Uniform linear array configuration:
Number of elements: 24
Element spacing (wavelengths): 1
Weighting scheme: hann
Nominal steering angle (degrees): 15
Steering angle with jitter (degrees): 13.771
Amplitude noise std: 0.05
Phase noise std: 0.05

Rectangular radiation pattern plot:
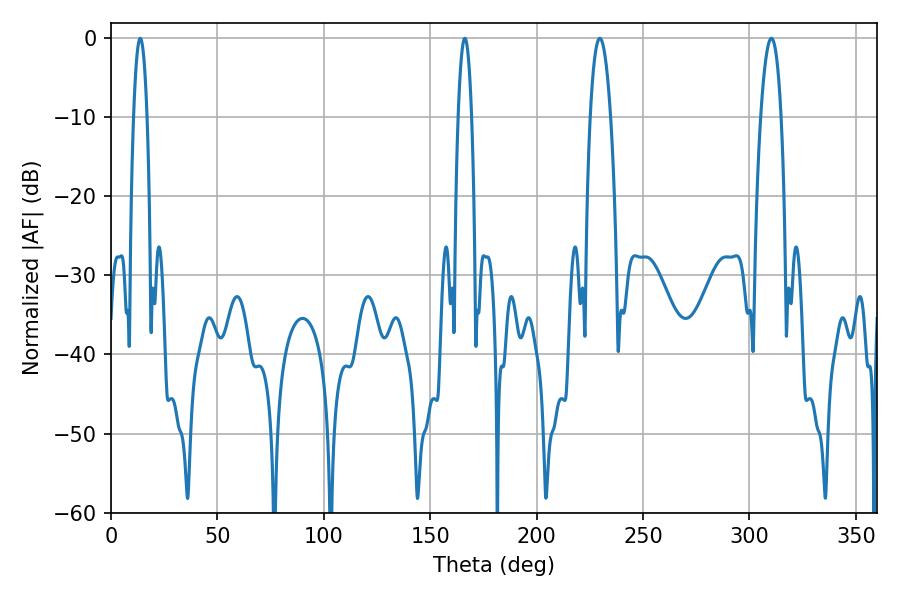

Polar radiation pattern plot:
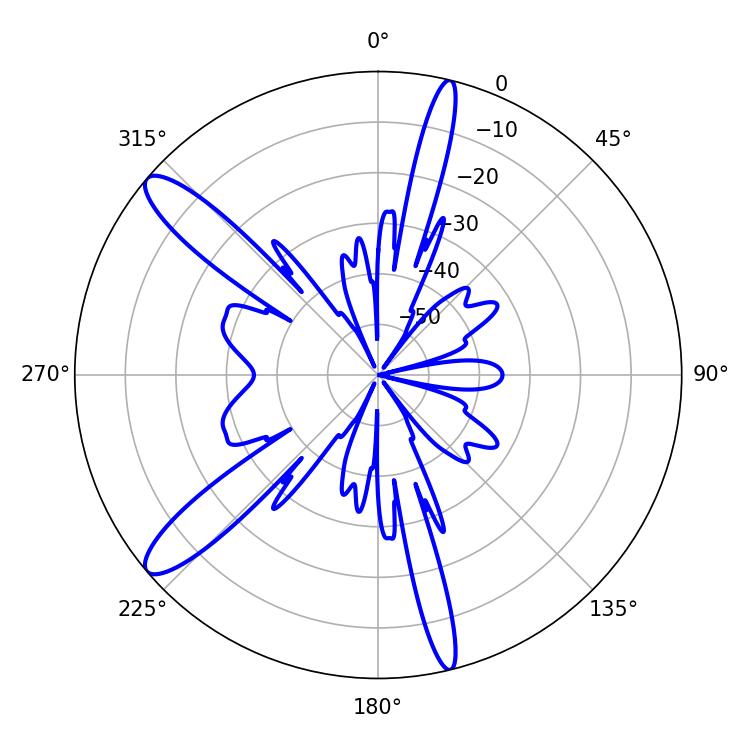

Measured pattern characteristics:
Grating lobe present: TRUE
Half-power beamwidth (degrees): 5.22
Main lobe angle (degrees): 229.68